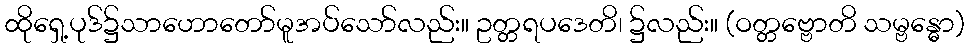
ထိုရှေ့ပုဒ်၌သာဟောတော်မူအပ်သော်လည်း။ ဥတ္တရပဒေတိ၊ ၌လည်း။ (ဝတ္တဗ္ဗောတိ သမ္ဗန္ဓော)